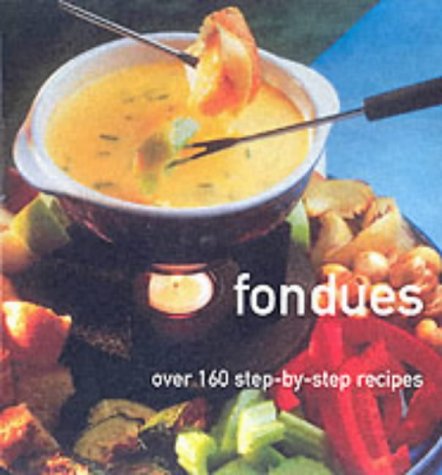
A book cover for Fondues; Lesley Mackley; Cookbooks, Food & Wine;